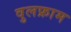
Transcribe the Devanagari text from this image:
वुलफ्राम